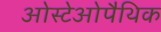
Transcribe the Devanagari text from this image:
ओस्टेओपैथिक